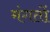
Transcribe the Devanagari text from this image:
मंगतों